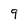
Character: 9